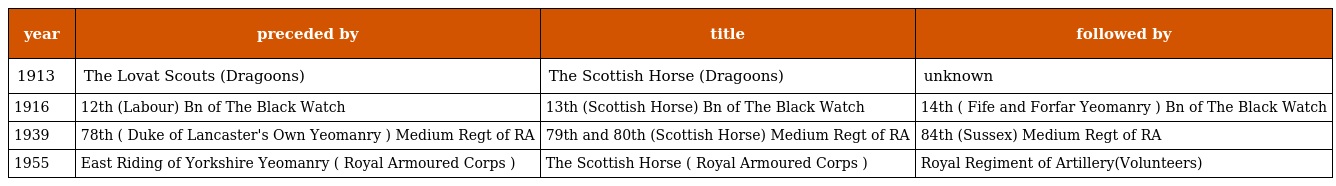
| year | preceded by | title | followed by |
 | --- | --- | --- | --- |
 | 1913 | The Lovat Scouts (Dragoons) | The Scottish Horse (Dragoons) | unknown |
 | 1916 | 12th (Labour) Bn of The Black Watch | 13th (Scottish Horse) Bn of The Black Watch | 14th ( Fife and Forfar Yeomanry ) Bn of The Black Watch |
 | 1939 | 78th ( Duke of Lancaster's Own Yeomanry ) Medium Regt of RA | 79th and 80th (Scottish Horse) Medium Regt of RA | 84th (Sussex) Medium Regt of RA |
 | 1955 | East Riding of Yorkshire Yeomanry ( Royal Armoured Corps ) | The Scottish Horse ( Royal Armoured Corps ) | Royal Regiment of Artillery(Volunteers) |